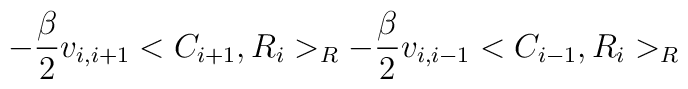
-\frac{\beta }{2}v_{i,i+1}<C_{i+1},R_i>_R-\frac{\beta }{2}v_{i,i-1}<C_{i-1},R_i>_R